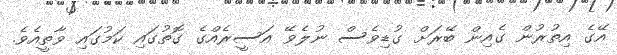
އޭގެ އިތުރުން ގެއިން ބޭރަށް ގުޑިވެސް ނުލެވޭ އަސީރެއްގެ ގޮތުގައި ކަމުގައި ވާތީއެވެ.